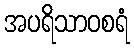
အပရိသာဝစရံ